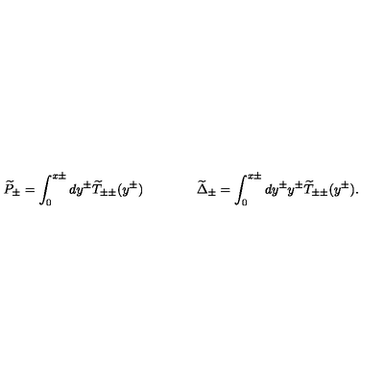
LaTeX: \widetilde { P } _ { \pm } = \int _ { 0 } ^ { x \pm } d y ^ { \pm } \widetilde { T } _ { \pm \pm } ( y ^ { \pm } ) \qquad \qquad \widetilde { \Delta } _ { \pm } = \int _ { 0 } ^ { x \pm } d y ^ { \pm } y ^ { \pm } \widetilde { T } _ { \pm \pm } ( y ^ { \pm } ) .